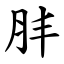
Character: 肨